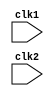
module processor(clk1, clk2);
    input clk1, clk2;  //Dual clock initialization
    
    // Instruction registers initiation
    reg[31:0] if_id_ir, pc; 
    reg[31:0] id_ex_ir, id_ex_a, id_ex_b, id_ex_imm;
    reg[31:0] ex_mem_aluout, ex_mem_ir;
    reg[31:0] mem_rb_ir, mem_rb_aluout;
    
   
    reg[1:0] id_ex_type, ex_mem_type, mem_rb_type; // Instruction type initialization
    reg[31:0] regb[0:31];  
    reg[31:0] mem[0:31];
    reg[5:0] id_ex_opcd, ex_mem_opcd;
    reg halted;
    
    parameter add = 6'b000000, sub = 6'b000001, mul = 6'b000010, div = 6'b000011, lsft = 6'b000100, addi = 6'b100001, subi = 6'b100010, muli = 6'b100011, divi = 6'b100100, halt = 6'b111111;
    parameter rr_type = 2'b00, rm_type = 2'b01;
    
    //--------------------------------------INSTRUCTION FETCH------------------------------------------------------------------//
    
    always @(posedge clk1)
        if(halted == 0)
            begin
            if_id_ir = mem[pc];
            pc = pc + 1;
            end
    
    //--------------------------------------INSTRUCTION DECODE------------------------------------------------------------------//
    
    always @(posedge clk2)
        begin
        if(halted == 0)
            begin
            if(if_id_ir[31:26] == 6'b111111)
            halted <= 1;
            if(if_id_ir[31] == 0)
            id_ex_type <= rr_type;
            if(if_id_ir[31] == 1)
            id_ex_type <= rm_type;
            end
        id_ex_ir <= if_id_ir;
        id_ex_a <= regb[if_id_ir[20:16]];
        id_ex_b <= regb[if_id_ir[15:11]];
        id_ex_imm <= if_id_ir[15:0];
        id_ex_opcd <= if_id_ir[31:26];
        end
        
    //----------------------------------------INSTRUCTION EXECUTE--------------------------------------------------------------//
    
    always @(posedge clk1)
        begin
        if(halted == 0)
            begin
            case(id_ex_type)
            rr_type : begin
                      case(id_ex_opcd)
                          add : ex_mem_aluout <= id_ex_a + id_ex_b;
                          sub : ex_mem_aluout <= id_ex_a - id_ex_b;
                          mul : ex_mem_aluout <= id_ex_a * id_ex_b;
                          sub : ex_mem_aluout <= id_ex_a / id_ex_b;
                          lsft : ex_mem_aluout <= id_ex_a << id_ex_b;
                          default : ex_mem_aluout <= 8'h00000000;
                      endcase
                      end
            
            rm_type : begin
                      case(id_ex_opcd)
                          addi : ex_mem_aluout <= id_ex_a + id_ex_imm;
                          subi : ex_mem_aluout <= id_ex_a - id_ex_imm;
                          muli : ex_mem_aluout <= id_ex_a * id_ex_imm;
                          divi : ex_mem_aluout <= id_ex_a / id_ex_imm;
                          default : ex_mem_aluout <= 8'h00000000;
                      endcase
                      end
            default : ex_mem_aluout <= 8'h00000000;
            endcase
            end
        ex_mem_ir <= id_ex_ir;
        ex_mem_type <= id_ex_type;
        end
        
    //----------------------------------------------MEMORY STAGE-----------------------------------------------------------------------------------------//
    
    always @(posedge clk2)
        begin
        if(halted == 0)
            begin
            mem_rb_ir <= ex_mem_ir;
            mem_rb_type <= ex_mem_type;
            mem_rb_aluout <= ex_mem_aluout;
            end
        end
        
    //--------------------------------------------------WRITE BACK----------------------------------------------------------------------------------------//
    
    always @(posedge clk1)
        begin
        if(halted == 0)
            regb[mem_rb_ir[25:21]] <= mem_rb_aluout;
        end
endmodule